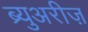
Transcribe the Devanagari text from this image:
ब्र्युअरीज़